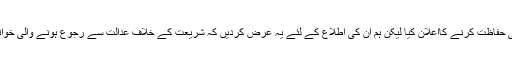
حقیقت بہت تلخ ہوتی ہے مودی نے اپنے خطاب میں بار بار مسلم خواتین کے حقوق کی حفاظت کرنے کااعلان کیا لیکن ہم ان کی اطلاع کے لئے یہ عرض کردیں کہ شریعت کے خلاف عدالت سے رجوع ہونے والی خواتین مسلم ہو ہی نہیں سکتی ہاں انھیں خودساختہ اور نام نہاد مسلم خواتین کہا جاسکتا ہے۔